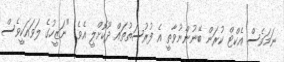
ނަމަވެސް އެކްޓް ކުރަން ބޭނުންނުވާތީ އެ ފުރުސަތުތައް ދޫކޮށްލީ އެވެ. "ނަޒީހުގެ ލަވައަކީވެސް